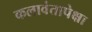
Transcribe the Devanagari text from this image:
कलावंतापेक्षा